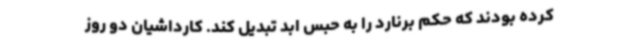
کرده بودند که حکم برنارد را به حبس ابد تبدیل کند. کارداشیان دو روز